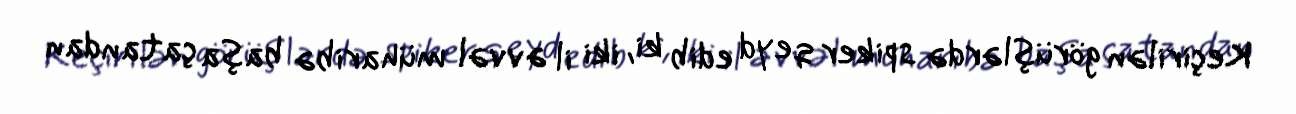
Keçirilən görüşlərdə spiker qeyd edib ki, iki il əvvəl müharibə başa çatandan